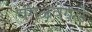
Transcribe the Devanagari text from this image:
वेगळेवेगळे